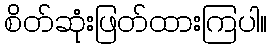
စိတ်ဆုံးဖြတ်ထားကြပါ။